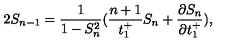
2 S _ { n - 1 } = \frac { 1 } { 1 - S _ { n } ^ { 2 } } ( \frac { n + 1 } { t _ { 1 } ^ { + } } S _ { n } + \frac { \partial S _ { n } } { \partial t _ { 1 } ^ { + } } ) ,